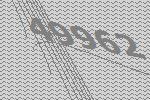
49962